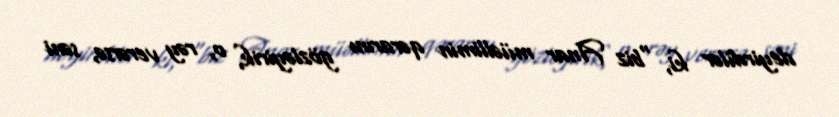
deyirdilər ki, “biz Anar müəllimin qərarını gözləyirik, o, rəy verərsə, səni